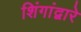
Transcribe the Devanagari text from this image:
शिंगांद्वारे